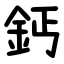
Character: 鈣